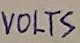
Text: VOLTS